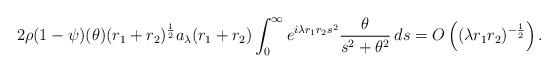
LaTeX: \begin{align*}2\rho(1-\psi)(\theta)(r_1+r_2)^{\frac 12}a_\lambda(r_1 + r_2)\int_0^\infty e^{i\lambda r_1 r_2s^2} \frac{\theta}{s^2+\theta^2}\,ds = O\left((\lambda r_1 r_2)^{-\frac 12}\right).\end{align*}